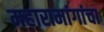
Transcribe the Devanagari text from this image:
महारामांगांचा